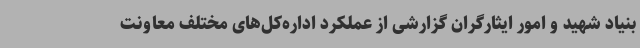
بنیاد شهید و امور ایثارگران گزارشی از عملکرد اداره‌کل‌های مختلف معاونت